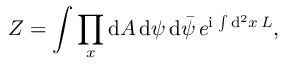
Z = \int \prod _ { x } \mathrm { d } A \, \mathrm { d } \psi \, \mathrm { d } { \bar { \psi } } \, e ^ { \mathrm { i } \, \int \mathrm { d } ^ { 2 } x \, { \cal L } } ,